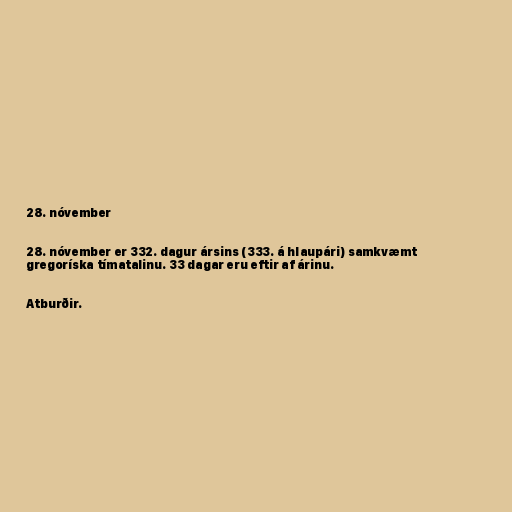
28. nóvember

28. nóvember er 332. dagur ársins (333. á hlaupári) samkvæmt
gregoríska tímatalinu. 33 dagar eru eftir af árinu.

Atburðir.